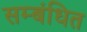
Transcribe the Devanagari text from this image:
सम्‍बंधित